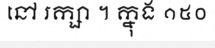
នៅ រក្សា ។ ក្នុង ១៥០